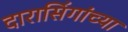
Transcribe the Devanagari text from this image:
दारासिंगांच्या